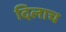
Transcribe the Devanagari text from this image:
दिलाच